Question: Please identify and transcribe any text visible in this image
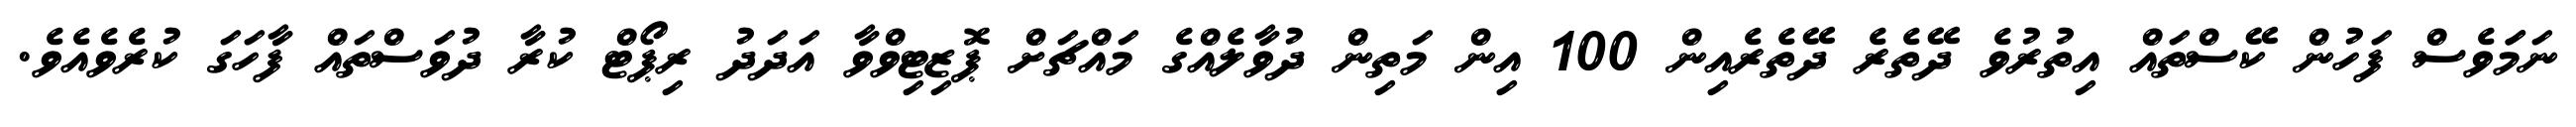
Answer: ނަމަަވެސް ފަހުން ކޭސްތައް އިތުރުވެ ދޭތެރެ ދޭތެރެއިން 100 އިން މަތިން ދުވާލެއްގެ މައްޗަށް ޕޮޒިޓިވްވާ އަދަދު ރިޕޯޓް ކުރާ ދުވަސްތައް ފާހަގަ ކުރެވެއެވެ.